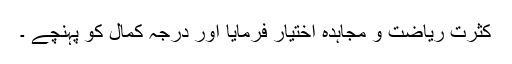
کثرت ریاضت و مجاہدہ اختیار فرمایا اور درجۂ کمال کو پہنچے ۔